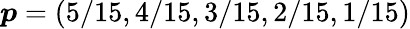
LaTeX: \boldsymbol{p}=(5/15,4/15,3/15,2/15,1/15)